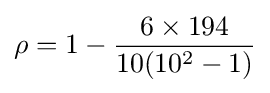
\rho =1-{\frac {6\times 194}{10(10^{2}-1)}}